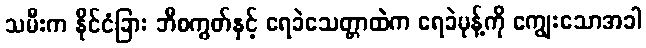
သမီးက နိုင်ငံခြား ဘီစကွတ်နှင့် ရေခဲသေတ္တာထဲက ရေခဲမုန့်ကို ကျွေးသောအခါ